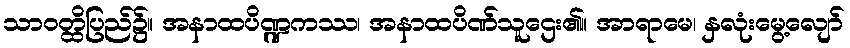
သာဝတ္ထိပြည်၌။ အနာထပိဏ္ဍကဿ၊ အနာထပိဏ်သူဌေး၏။ အာရာမေ၊ နှလုံးမွေ့လျော်